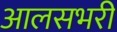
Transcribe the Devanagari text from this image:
आलसभरी